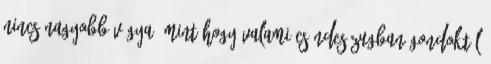
nincs nagyobb vágya, mint hogy valami csöndes zugban gondoktól